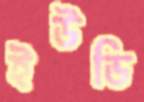
ইউডি